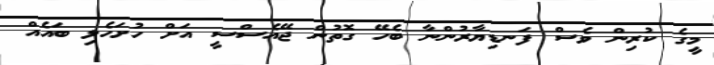
މީގެ ކުރިން ވެސް ފަނޑިޔާރުންނާ ބެހޭ ގޮތުން ޖޭއެސްސީ އަށް ހުށަހެޅި ބައެއް